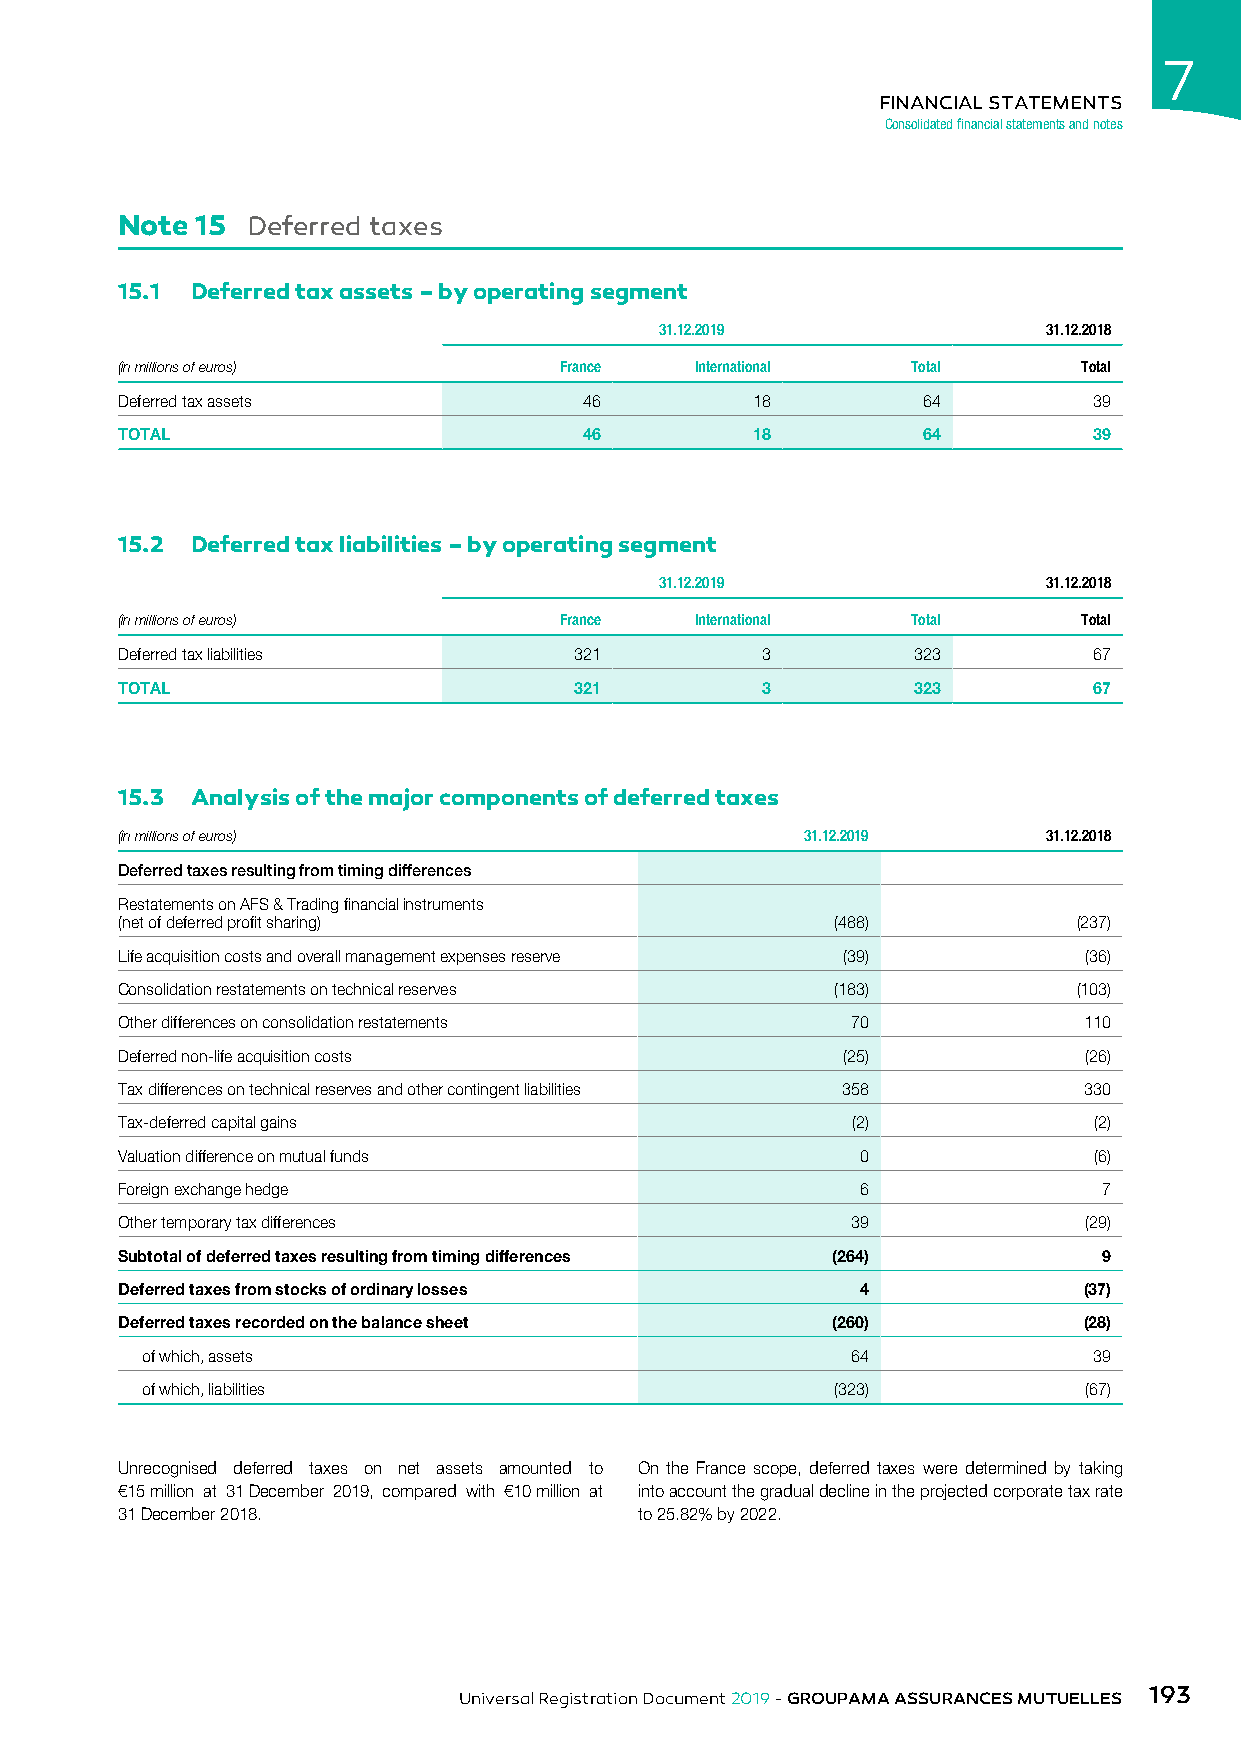
7
 FINANCIAL STATEMENTS
 Consolidated financial statements and notes
 Note 15 Deferred taxes
 15.1 Deferred tax assets – by operating segment
 31.12.2019               31.12.2018
 (in millions of euros)       France   International Total       Total
 Deferred tax assets            46         18         64         39
 TOTAL                          46         18         64         39
 15.2 Deferred tax liabilities – by operating segment
 31.12.2019               31.12.2018
 (in millions of euros)       France   International Total       Total
 Deferred tax liabilities      321         3         323         67
 TOTAL                         321         3         323         67
 15.3 Analysis of the major components of deferred taxes
 (in millions of euros)                       31.12.2019      31.12.2018
 Deferred taxes resulting from timing differences
 Restatements on AFS & Trading financial instruments
 (net of deferred profit sharing)               (488)           (237)
 Life acquisition costs and overall management expenses reserve (39) (36)
 Consolidation restatements on technical reserves (183)         (103)
 Other differences on consolidation restatements 70              110
 Deferred non-life acquisition costs             (25)            (26)
 Tax differences on technical reserves and other contingent liabilities 358 330
 Tax-deferred capital gains                      (2)             (2)
 Valuation difference on mutual funds             0              (6)
 Foreign exchange hedge                           6               7
 Other temporary tax differences                 39              (29)
 Subtotal of deferred taxes resulting from timing differences (264) 9
 Deferred taxes from stocks of ordinary losses    4              (37)
 Deferred taxes recorded on the balance sheet   (260)            (28)
 of which, assets                               64              39
 of which, liabilities                         (323)            (67)
 Unrecognised deferred taxes on net assets amounted to On the France scope, deferred taxes were determined by taking
 €15 million at 31 December 2019, compared with €10 million at into account the gradual decline in the projected corporate tax rate
 31 December 2018.                 to 25.82% by 2022.
 193
 Universal Registration Document 2019 - GROUPAMA ASSURANCES MUTUELLES